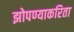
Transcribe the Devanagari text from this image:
झोपण्याकरिता